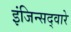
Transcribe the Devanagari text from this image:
इंजिन्सद्वारे